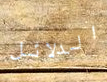
الدلائل